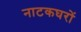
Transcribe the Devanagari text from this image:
नाटकघरों